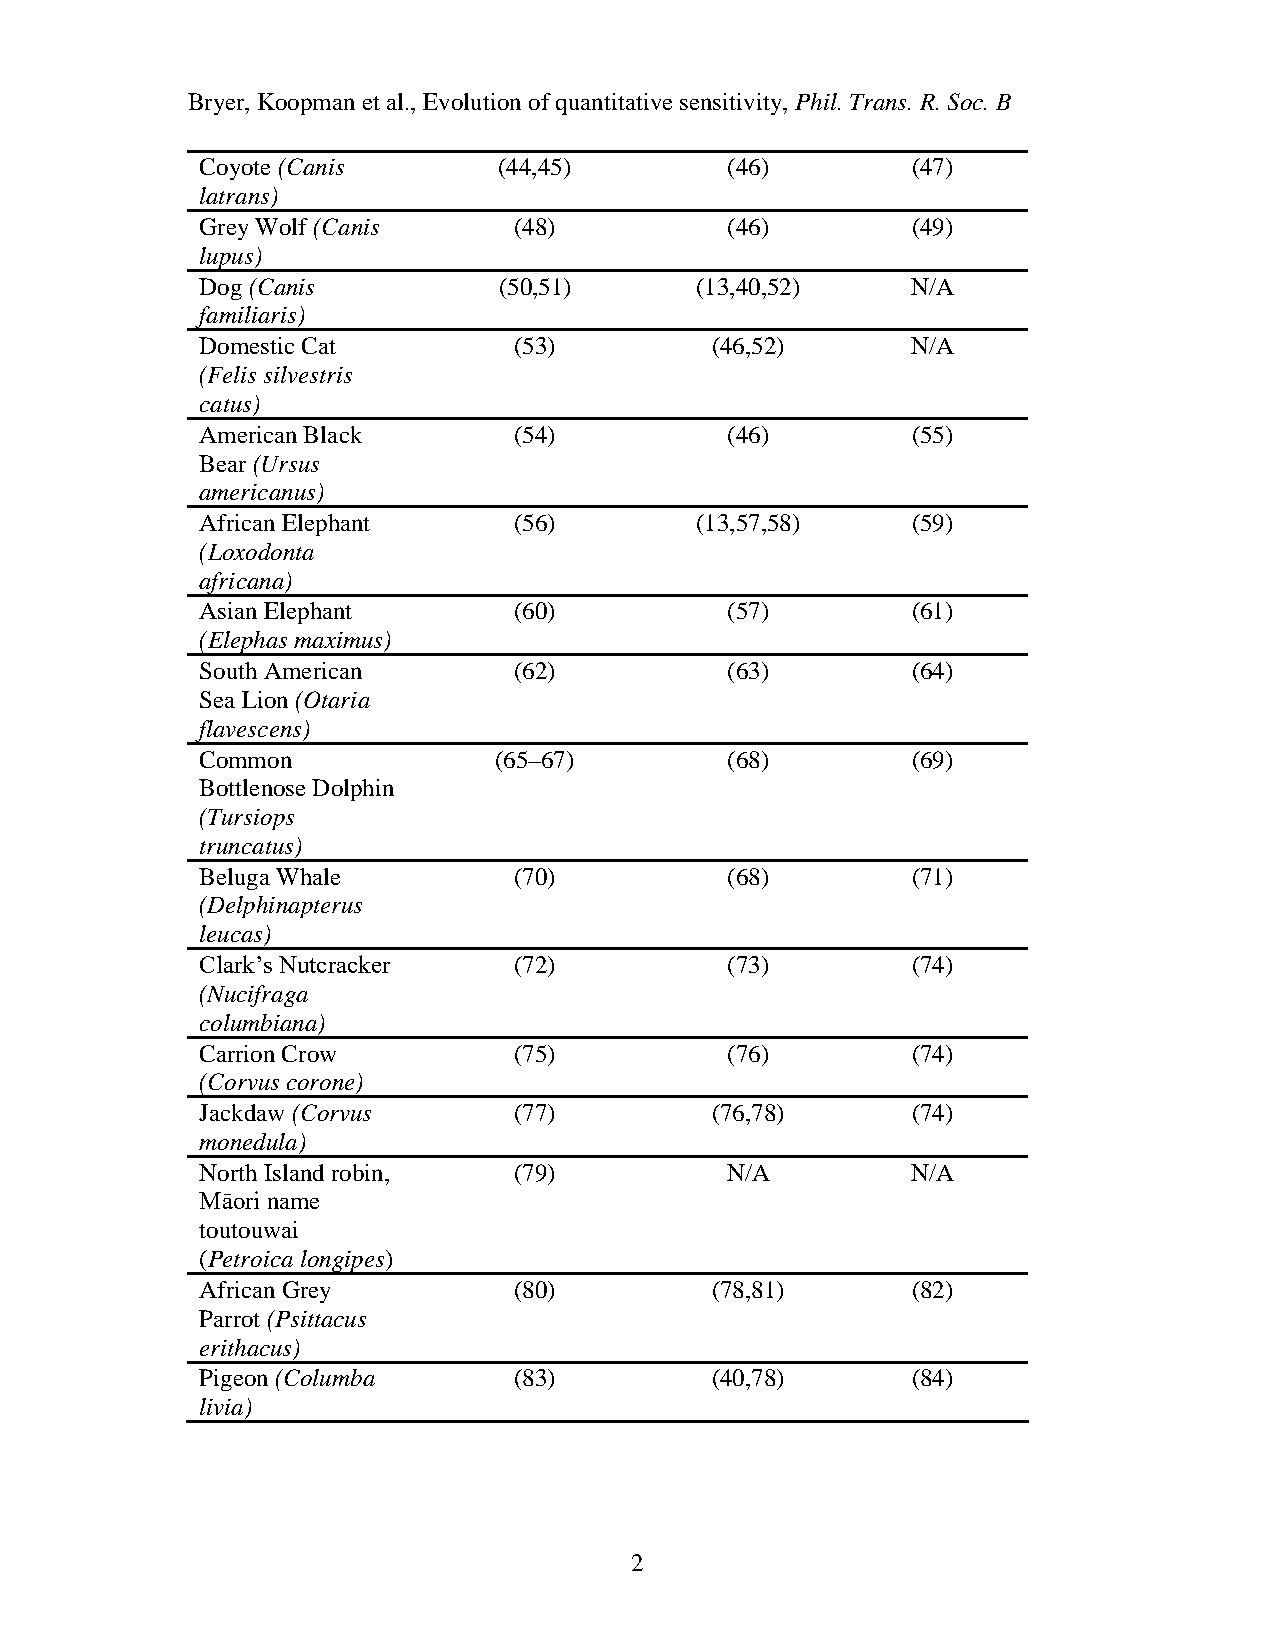
Bryer, Koopman et al., Evolution of quantitative sensitivity, Phil. Trans. R. Soc. B
 Coyote (Canis       (44,45)        (46)        (47)
 latrans)
 Grey Wolf (Canis     (48)          (46)        (49)
 lupus)
 Dog (Canis          (50,51)      (13,40,52)    N/A
 familiaris)
 Domestic Cat         (53)         (46,52)      N/A
 (Felis silvestris
 catus)
 American Black       (54)          (46)        (55)
 Bear (Ursus
 americanus)
 African Elephant     (56)        (13,57,58)    (59)
 (Loxodonta
 africana)
 Asian Elephant       (60)          (57)        (61)
 (Elephas maximus)
 South American       (62)          (63)        (64)
 Sea Lion (Otaria
 flavescens)
 Common              (65–67)        (68)        (69)
 Bottlenose Dolphin
 (Tursiops
 truncatus)
 Beluga Whale         (70)          (68)        (71)
 (Delphinapterus
 leucas)
 Clark’s Nutcracker   (72)          (73)        (74)
 (Nucifraga
 columbiana)
 Carrion Crow         (75)          (76)        (74)
 (Corvus corone)
 Jackdaw (Corvus      (77)         (76,78)      (74)
 monedula)
 North Island robin,  (79)          N/A         N/A
 Māori name
 toutouwai
 (Petroica longipes)
 African Grey         (80)         (78,81)      (82)
 Parrot (Psittacus
 erithacus)
 Pigeon (Columba      (83)         (40,78)      (84)
 livia)
 2